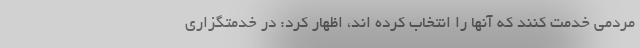
مردمی خدمت کنند که آنها را انتخاب کرده اند، اظهار کرد: در خدمتگزاری